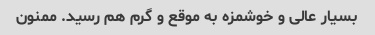
بسیار عالی و خوشمزه به موقع و گرم هم رسید. ممنون